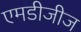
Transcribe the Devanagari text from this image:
एमडीजीज